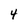
Character: 4